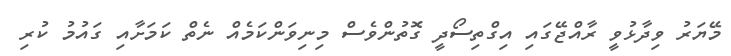
މޭޔަރު ވިދާޅުވީ ރާއްޖޭގައި އިގްތިސޯދީ ގޮތުންވެސް މިނިވަންކަމެއް ނެތް ކަމަށާއި ގައުމު ކުރި